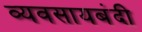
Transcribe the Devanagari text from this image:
व्यवसायबंदी